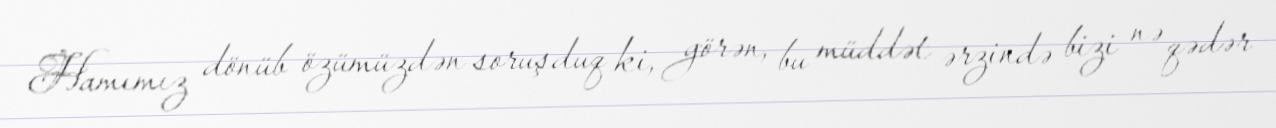
Hamımız dönüb özümüzdən soruşduq ki, görən, bu müddət ərzində bizi nə qədər